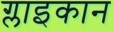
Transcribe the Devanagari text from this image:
ग्लाइकान